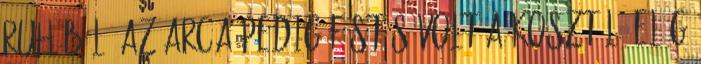
ruhából, az arca pedig füstös volt a kosztól. Elég